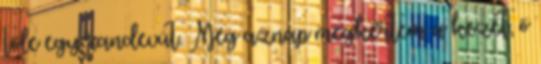
tőle egy randevút. Még aznap megkértem a kezét, ő